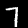
Label: 7